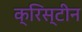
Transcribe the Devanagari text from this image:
क्रिस्‍टीन